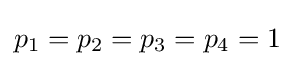
p_{1}=p_{2}=p_{3}=p_{4}=1